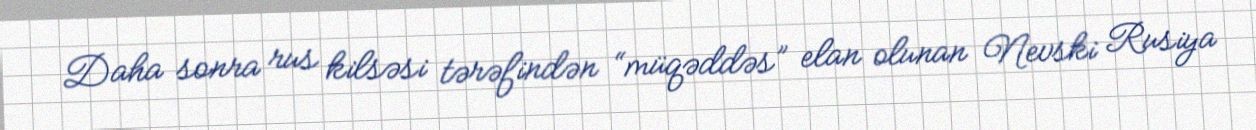
Daha sonra rus kilsəsi tərəfindən “müqəddəs” elan olunan Nevski Rusiya